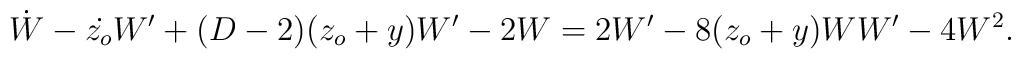
\dot{W}-\dot{z_{o}}W'+(D-2)(z_{o}+y)W'-2W=2W'-8(z_{o}+y)WW'-4W^{2}.